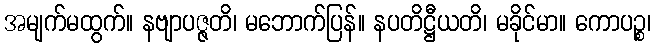
အမျက်မထွက်။ နဗျာပဇ္ဇတိ၊ မဘောက်ပြန်။ နပတိဋ္ဌီယတိ၊ မခိုင်မာ။ ကောပဉ္စ၊